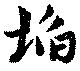
埳